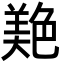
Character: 𦫧